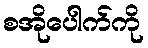
စအိုပေါက်ကို